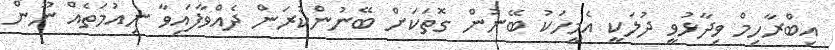
އިބްރާހިމް ވިދާޅުވީ ދުލަކީ އެމީހަކު ބޭނުން ގޮތަކަށް ބޭނުންކުރަން ދެއްވާފައިވާ ނިއުމަތެއް ނޫން